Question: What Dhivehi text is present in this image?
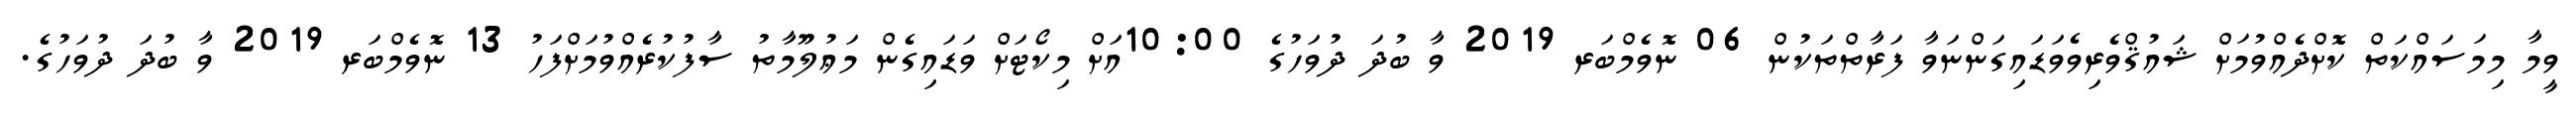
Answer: ވީމާ މިމަސައްކަތް ކޮށްދެއްވުމަށް ޝައުޤްވެރިވެވަޑައިގަންނަވާ ފަރާތްތަކުން 06 ނޮވެމްބަރ 2019 ވާ ބުދަ ދުވަހުގެ 10:00އަށް މިކޯޓަށް ވަޑައިގެން މަޢުލޫމާތު ސާފުކުރެއްވުމަށްފަހު 13 ނޮވެމްބަރ 2019 ވާ ބުދަ ދުވަހުގެ.